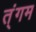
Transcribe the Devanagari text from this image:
त्ंगम